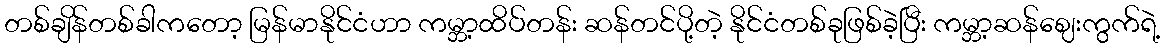
တစ်ချိန်တစ်ခါကတော့ မြန်မာနိုင်ငံဟာ ကမ္ဘာ့ထိပ်တန်း ဆန်တင်ပို့တဲ့ နိုင်ငံတစ်ခုဖြစ်ခဲ့ပြီး ကမ္ဘာ့ဆန်ဈေးကွက်ရဲ့